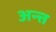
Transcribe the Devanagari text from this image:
अन्त्त